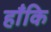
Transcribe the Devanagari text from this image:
हाँकि